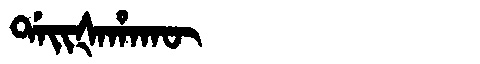
Manchu: ᡩᠠᡳᡧᠠᡥᠠᡴᡡ
Romanization: DAIŠAHAKŪ